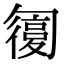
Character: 𠤇